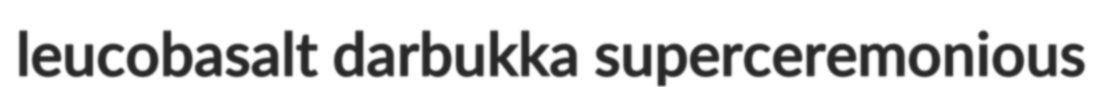
leucobasalt darbukka superceremonious